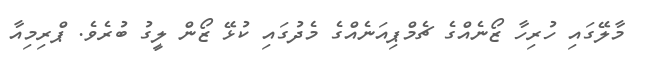
މާލޭގައި ހުރިހާ ޒޯނެއްގެ ޗެމްޕިއަނެއްގެ މެދުގައި ކުޅޭ ޒޯން ލީގު ބުރެވެ. ޕްރިމިއާ